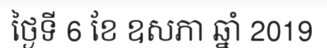
ថ្ងៃទី 6 ខែ ឧសភា ឆ្នាំ 2019